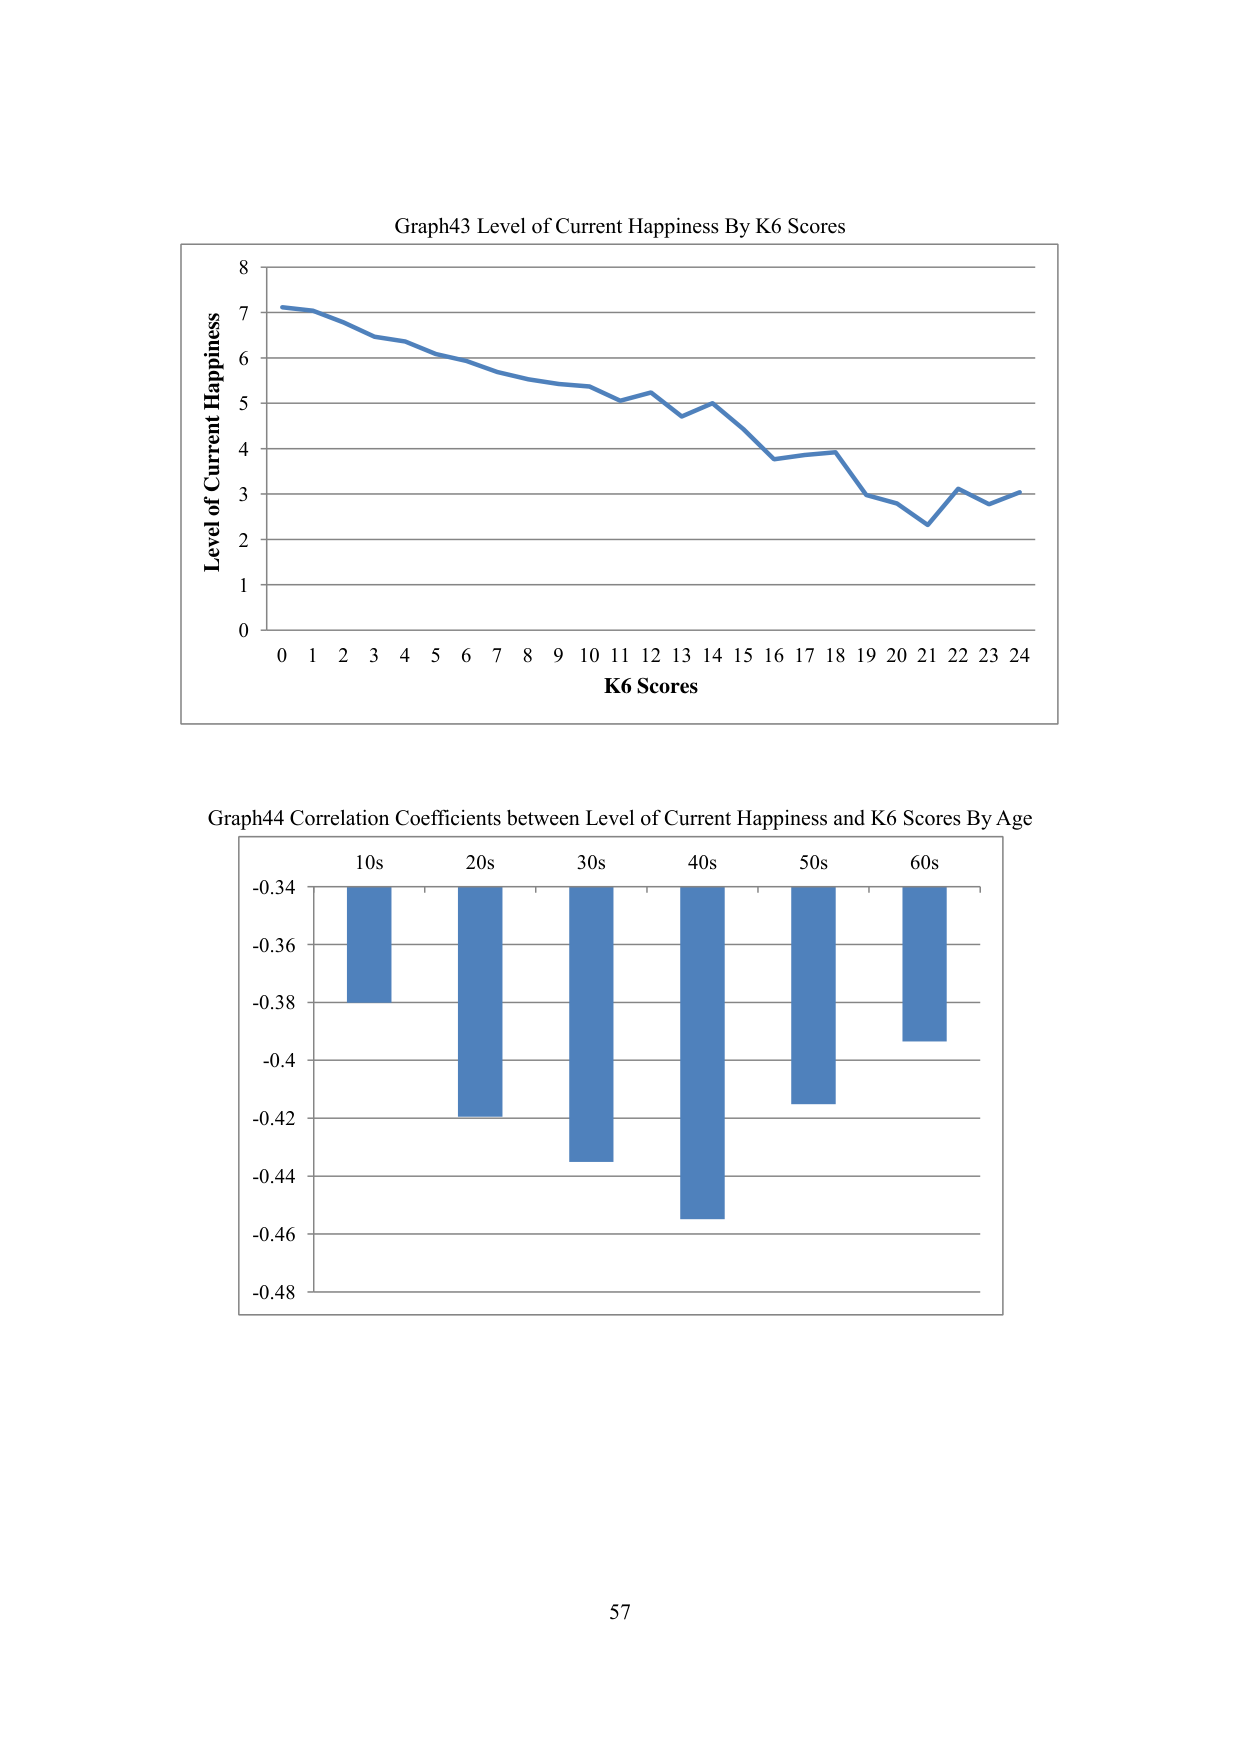
Graph43 Level of Current Happiness By K6 Scores
Level of Current Happiness
0 1 2 3 4 5 6 7 8 9 10 11 12 13 14 15 16 17 18 19 20 21 22 23 24
K6 Scores
Graph44 Correlation Coefficients between Level of Current Happiness and K6 Scores By Age
10s 20s 30s 40s 50s 60s
-0.34
-0.36
-0.38
-0.4
-0.42
-0.44
-0.46
-0.48
57